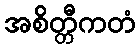
အစိတ္တီကတံ